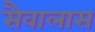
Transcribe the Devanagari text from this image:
सैवालास